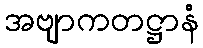
အဗျာကတဋ္ဌာနံ